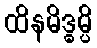
ထိနမိဒ္ဓမ္ပိ